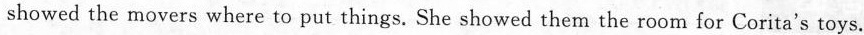
showed the movers where to put things. She showed them the room for Corita's toys.